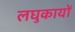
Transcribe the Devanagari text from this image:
लघुकायों